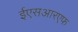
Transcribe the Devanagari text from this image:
ईएसआरएफ